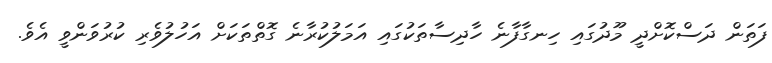
ފަތަން ދަސްކޮށްދީ މޫދުގައި ހިނގާފާނެ ހާދިސާތަކުގައި އަމަލުކުރާނެ ގޮތްތަކަށް އަހުލުވެރި ކުރުވަންވީ އެވެ.